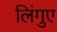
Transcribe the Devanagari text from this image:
लिंगुए